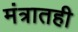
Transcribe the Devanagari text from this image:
मंत्रातही